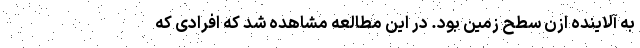
به آلاینده اُزن سطح زمین بود. در این مطالعه مشاهده شد که افرادی که